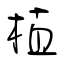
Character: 植